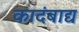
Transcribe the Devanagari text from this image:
कादंबाद्य